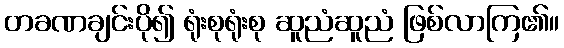
တခဏချင်းပို၍ ရုံးစုရုံးစု ဆူညံဆူညံ ဖြစ်လာကြ၏။